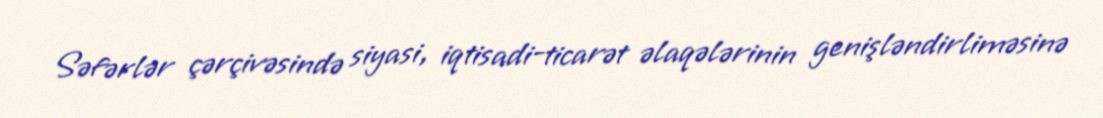
Səfərlər çərçivəsində siyasi, iqtisadi-ticarət əlaqələrinin genişləndirliməsinə